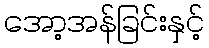
အော့အန်ခြင်းနှင့်